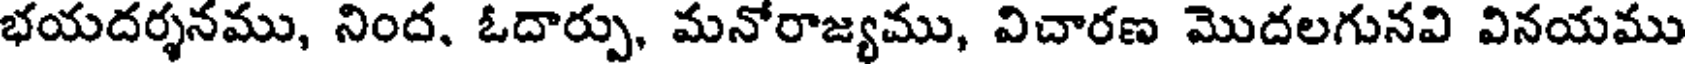
భయదర్శనము, నింద, ఓదార్పు, మనోరాజ్యము, విచారణ మొదలగునవి వినయము